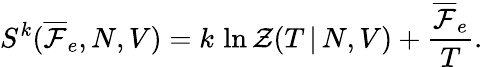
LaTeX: S^{k}(\overline{\mathcal{F}}_{e},N,V)=k\, \ln\mathcal{Z}(T\, |\, N,V)+\frac{\overline{\mathcal{F}}_{e}}{T}.